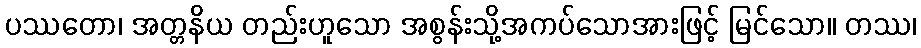
ပဿတော၊ အတ္တနိယ တည်းဟူသော အစွန်းသို့အကပ်သောအားဖြင့် မြင်သော။ တဿ၊